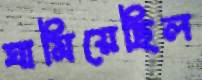
ঘামিয়েছিল